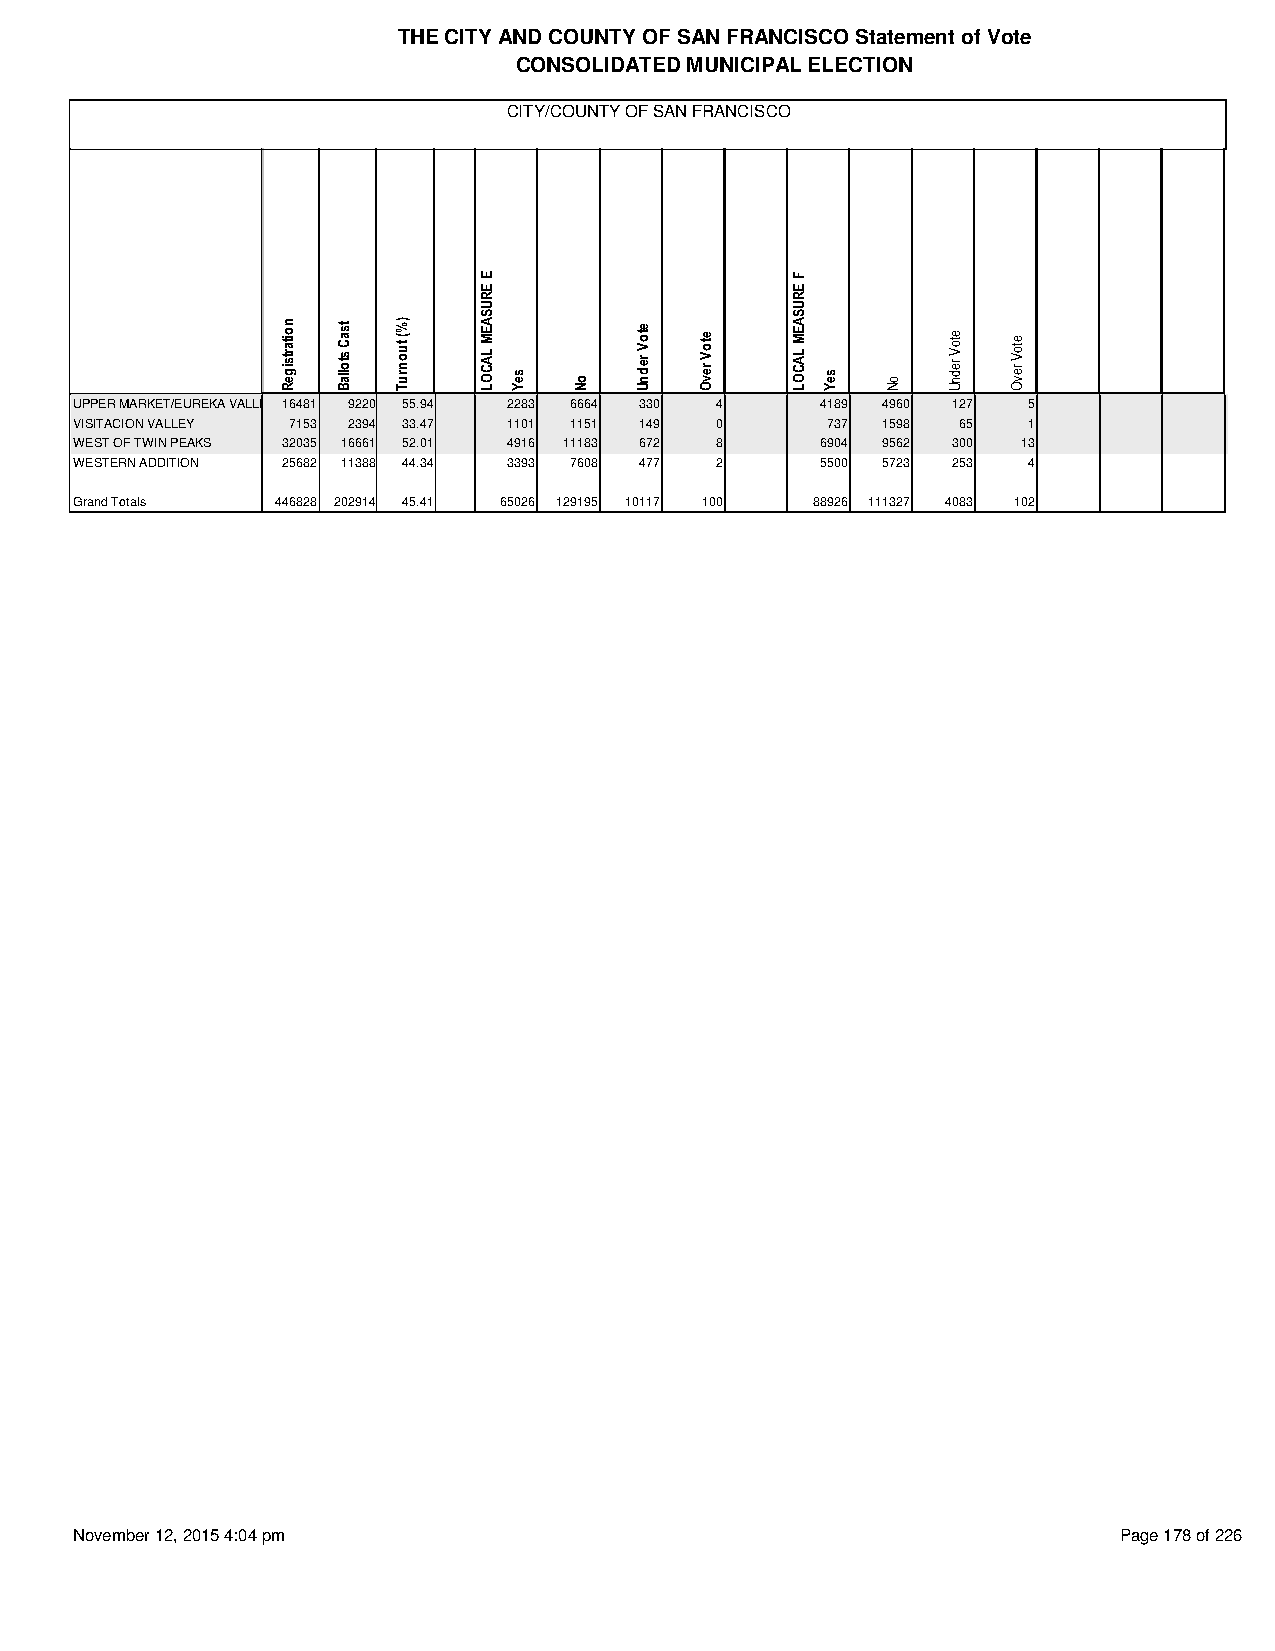
THE CITY AND COUNTY OF SAN FRANCISCO Statement of Vote
 CONSOLIDATED MUNICIPAL ELECTION
 CITY/COUNTY OF SAN FRANCISCO
 UPPER MARKET/EUREKA VALLEY 16481 9220 55.94 2283 6664 330 4 4189 4960 127 5
 VISITACION VALLEY 7153 2394 33.47 1101 1151 149 0 737 1598 65  1
 WEST OF TWIN PEAKS 32035 16661 52.01 4916 11183 672 8 6904 9562 300 13
 WESTERN ADDITION 25682 11388 44.34 3393 7608 477 2 5500 5723 253 4
 Grand Totals 446828 202914 45.41 65026 129195 10117 100 88926 111327 4083 102
 November 12, 2015 4:04 pm                                            Page 178 of 226
 noitartsigeR tsaC
 stollaB
 )%(
 tuonruT
 E
 ERUSAEM
 LACOL seY
 oN
 etoV
 rednU
 etoV
 revO
 F
 ERUSAEM
 LACOL seY
 oN
 etoV
 rednU
 etoV
 revO